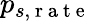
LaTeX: p_{s,\mathrm{~r~a~t~e~}}